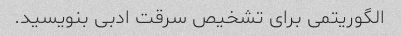
الگوریتمی برای تشخیص سرقت ادبی بنویسید.